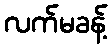
လက်မခန့်